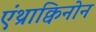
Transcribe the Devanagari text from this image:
एंथ्राक्विनोन